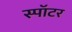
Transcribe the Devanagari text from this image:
स्पॉटर